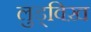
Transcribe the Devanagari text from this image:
लुड्विख़